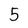
Character: 5